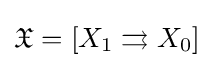
{\mathfrak {X}}=[X_{1}\rightrightarrows X_{0}]